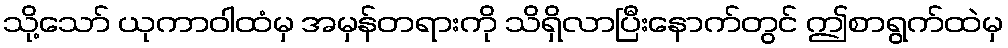
သို့သော် ယုကာဝါထံမှ အမှန်တရားကို သိရှိလာပြီးနောက်တွင် ဤစာရွက်ထဲမှ